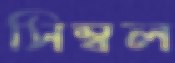
সিম্বল